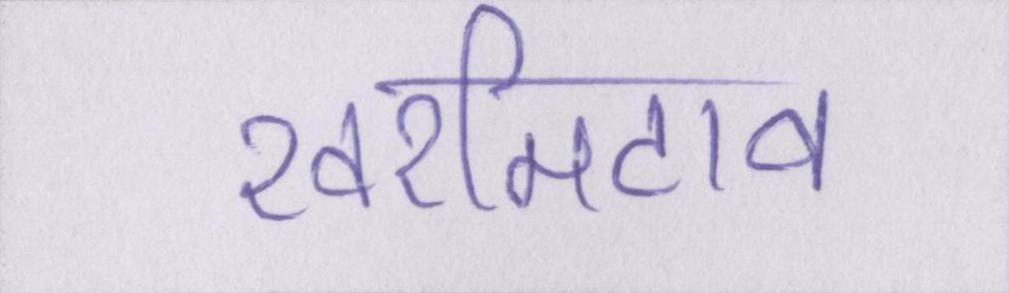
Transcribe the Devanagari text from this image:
खरमिटाव